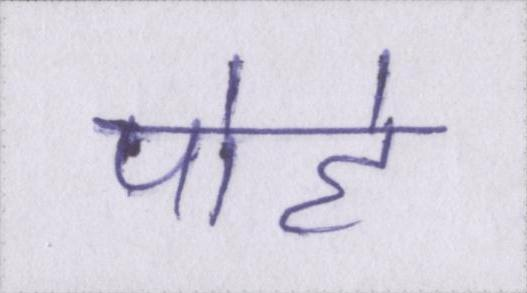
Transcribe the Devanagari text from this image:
पोहे